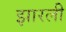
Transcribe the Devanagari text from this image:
झारली